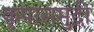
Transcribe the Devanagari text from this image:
कृपासमुद्री